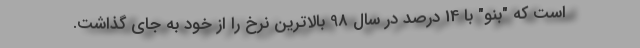
است که "بنو" با 14 درصد در سال 98 بالاترین نرخ را از خود به جای گذاشت.